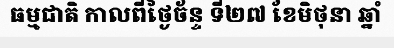
ធម្មជាតិ កាលពីថ្ងៃច័ន្ទ ទី២៧ ខែមិថុនា ឆ្នាំ